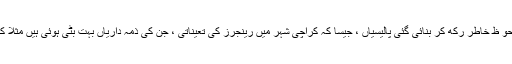
اس طرح کی عارضی یا حالات کو ملحو ظ خاطر رکھ کر بنائی گئی پالیسیاں ، جیسا کہ کراچی شہر میں رینجرز کی تعیناتی ، جن کی ذمہ داریاں بہت بٹی ہوئی ہیں مثلا کہ وہ وہاں پویس کا کام بھی انجام دیں ۔